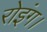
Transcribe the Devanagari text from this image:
रोइंग।